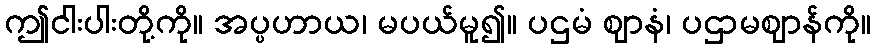
ဤငါးပါးတို့ကို။ အပ္ပဟာယ၊ မပယ်မူ၍။ ပဌမံ ဈာနံ၊ ပဌာမဈာန်ကို။